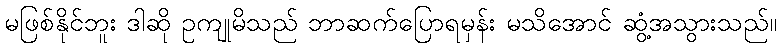
မဖြစ်နိုင်ဘူး ဒါဆို ဥကျုမိသည် ဘာဆက်ပြောရမှန်း မသိအောင် ဆွံ့အသွားသည်။